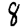
Digit: 8